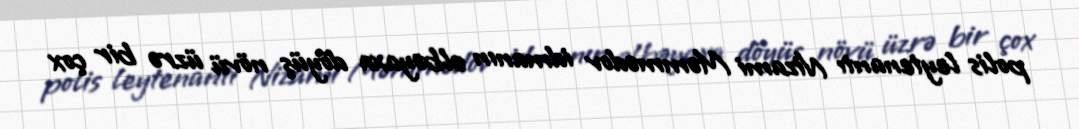
polis leytenantı Nizami Məmmədov idmanın əlbəyaxa döyüş növü üzrə bir çox